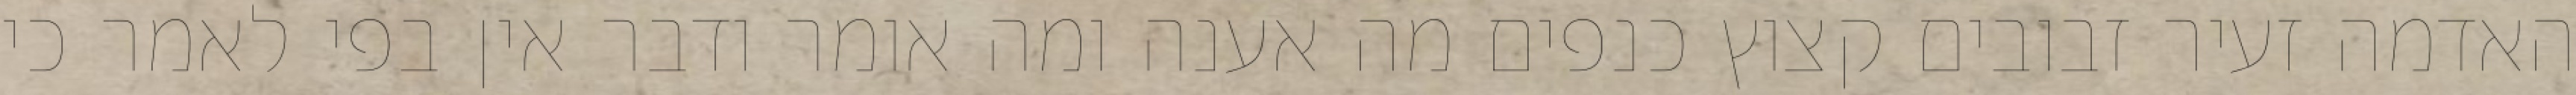
האדמה זעיר זבובים קצוץ כנפים מה אענה ומה אומר ודבר אין בפי לאמר כי